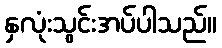
နှလုံးသွင်းအပ်ပါသည်။